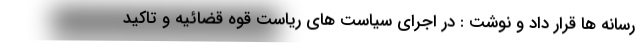
رسانه ها قرار داد و نوشت : در اجرای سیاست های ریاست قوه قضائیه و تاکید